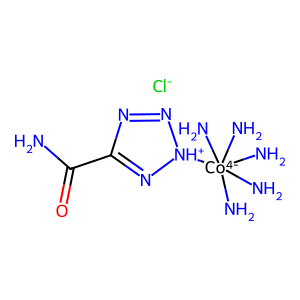
SMILES: NC(=O)C1=N[NH+]([Co-4](N)(N)(N)(N)N)N=N1.[Cl-]
Inhibits HIV replication: No